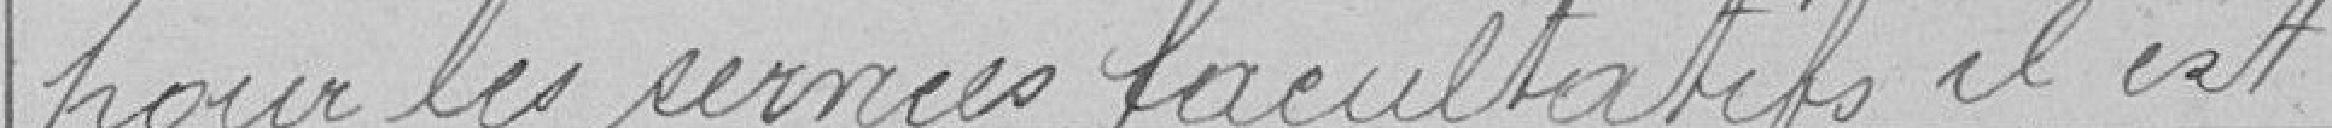
pour les services facultatifs il est